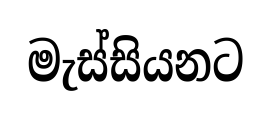
මැස්සියනට